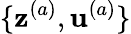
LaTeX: \{ \mathbf{z}^{(a)},\mathbf{u}^{(a)}\}